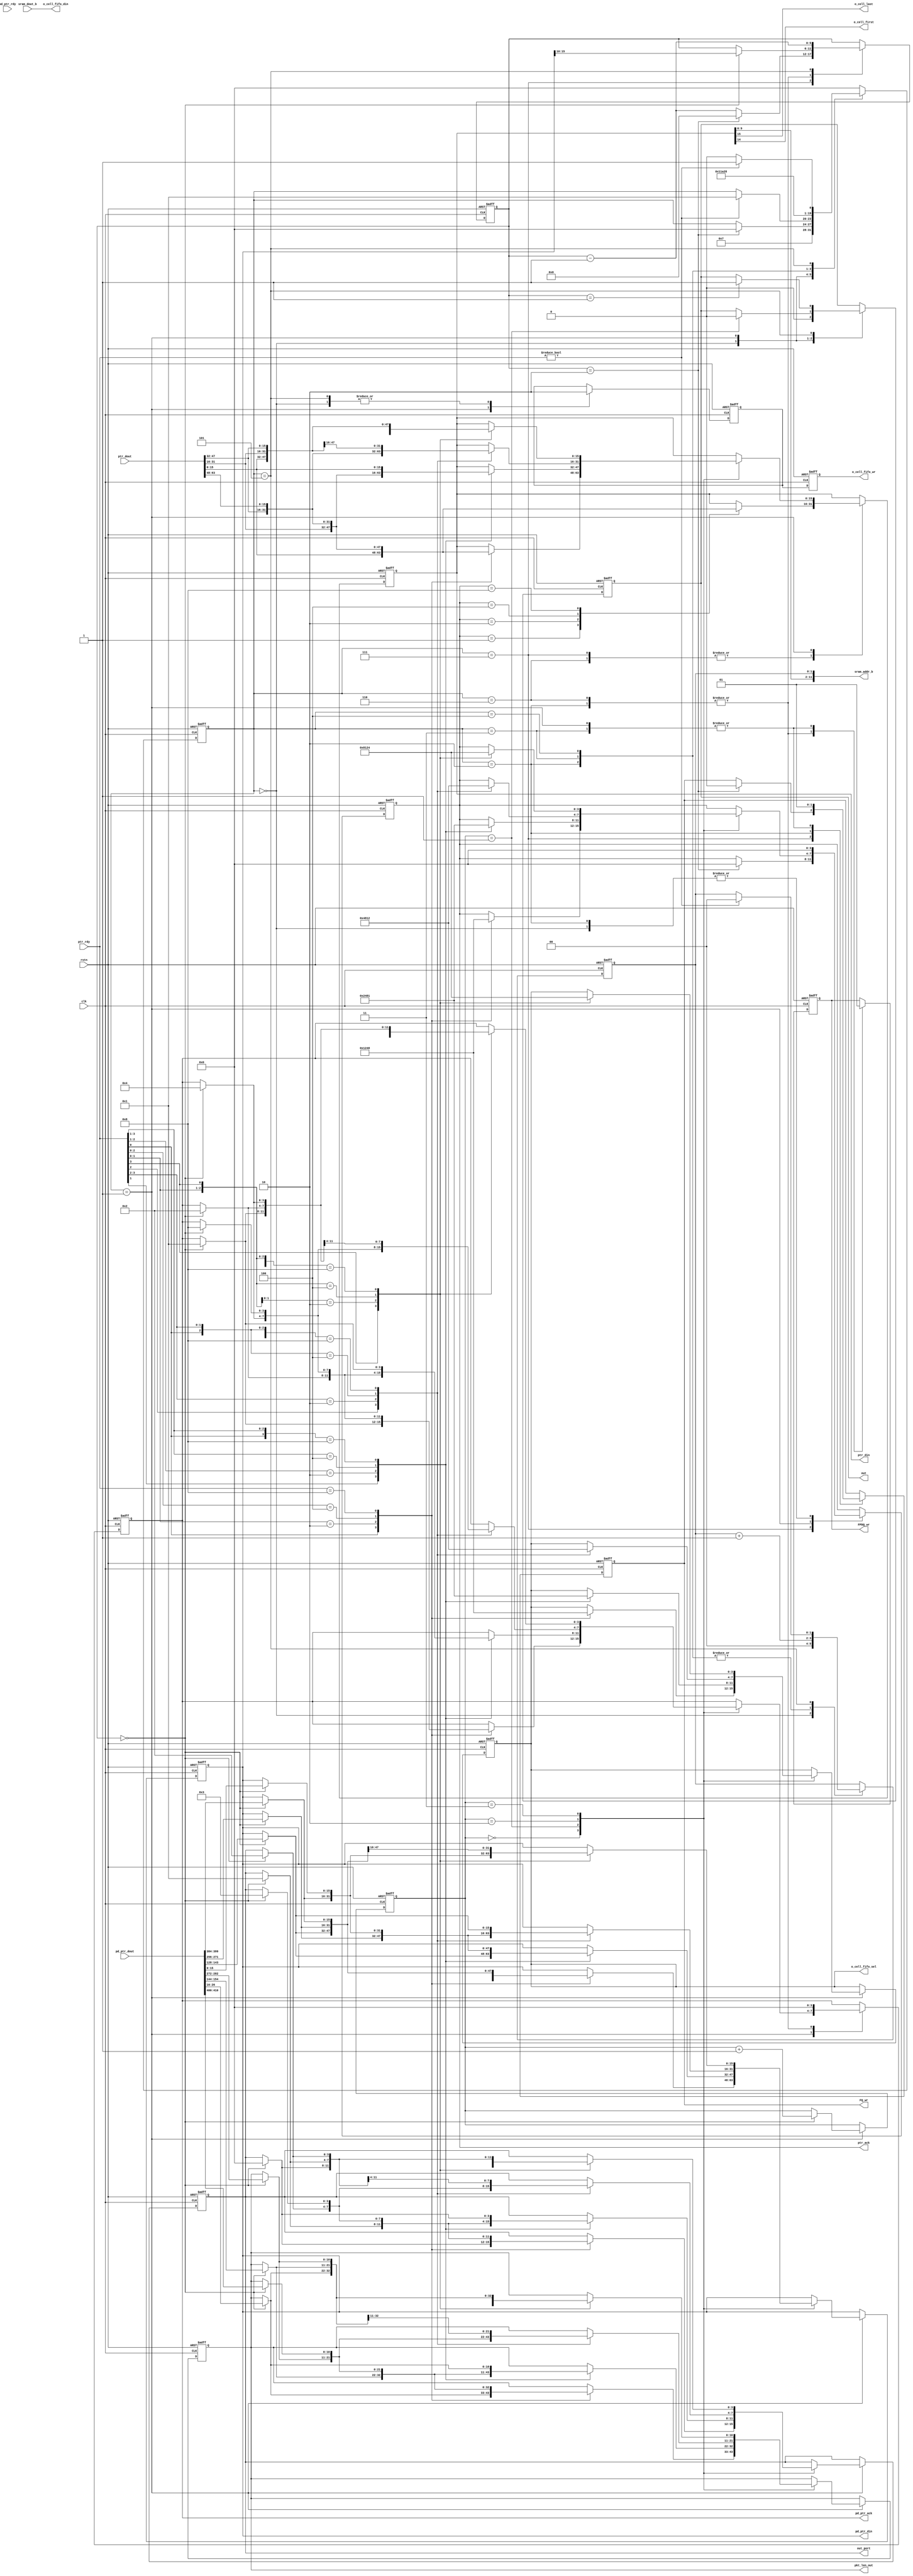
`timescale 1ns / 1ps
//////////////////////////////////////////////////////////////////////////////////
// Company: 
// Engineer: 
// 
// Design Name: 
// Module Name: cell_read
// Project Name: 
// Target Devices: 
// Tool Versions: 
// Description: 
// 
// Dependencies: 
// 
// Revision:
// Revision 0.01 - File Created
// Additional Comments:
// 
//////////////////////////////////////////////////////////////////////////////////


module cell_read(
    input clk,
    input rstn,
    input [3:0] ptr_rdy,
    output reg[3:0] ptr_ack,
    input [63:0]ptr_dout,
    output reg FQ_wr,
    output [15:0] ptr_din,
    
    input [3:0] pd_ptr_rdy,
    output reg[3:0] pd_ptr_ack,
    input [511:0]pd_ptr_dout,
    output reg FPDQ_wr,
    output [15:0] pd_ptr_din,
    
    output [11:0] sram_addr_b,
    input [127:0] sram_dout_b,
    
    
    output o_cell_last,
    output o_cell_first,
    
    output  [127:0] o_cell_fifo_din,
    output reg o_cell_fifo_wr,
    output reg [3:0] o_cell_fifo_sel,
    
    output reg out,
    output reg[3:0] out_port,
    output reg[10:0] pkt_len_out
    );
reg  [3:0]		rd_state;
wire [15:0]		qc_rd_ptr_dout0,qc_rd_ptr_dout1,
                qc_rd_ptr_dout2,qc_rd_ptr_dout3;
                
wire [127:0]     pd_qc_rd_ptr_dout0, pd_qc_rd_ptr_dout1,
                pd_qc_rd_ptr_dout2, pd_qc_rd_ptr_dout3;

reg  [1:0]		RR;
wire [3:0]		ptr_rd_req_pre;

reg  [15:0]		FQ_din;	
reg [15:0]      FPDQ_din;

reg	 [1:0]		sram_cnt_b;
assign	ptr_rd_req_pre=ptr_rdy;
assign	{ptr_ack3,ptr_ack2,ptr_ack1,ptr_ack0}=ptr_ack;
assign	sram_addr_b={FQ_din[9:0],sram_cnt_b[1:0]};
assign	o_cell_last=FQ_din[15];
assign	o_cell_first=FQ_din[14];
assign	o_cell_fifo_din[127:0]= sram_dout_b[127:0];
assign ptr_din = FQ_din;
assign pd_ptr_din = FPDQ_din;

wire [5:0] cell_num;
assign cell_num = FPDQ_din[15:10];
assign {pd_ptr_ack3, pd_ptr_ack2, pd_ptr_ack1, pd_ptr_ack0} = pd_ptr_ack;
assign pd_ptr_rd_req_pre = pd_ptr_rdy;



assign {qc_rd_ptr_dout3, qc_rd_ptr_dout2, qc_rd_ptr_dout1, qc_rd_ptr_dout0} = ptr_dout;
assign {pd_qc_rd_ptr_dout3, pd_qc_rd_ptr_dout2, pd_qc_rd_ptr_dout1, pd_qc_rd_ptr_dout0} = pd_ptr_dout;



reg [5:0]   cell_num_reg;

reg sram_rd;
reg sram_rd_dv;

reg head_drop;
reg [3:0] head_drop_counter;
always@(posedge clk or negedge rstn)
	if(!rstn)begin
		rd_state<=#2  0;
		FQ_wr<=#2  0;
		FQ_din<=#2  0;
		FPDQ_wr<=#2 0;
		FPDQ_din<=#2 0;
		RR<=#2  0;
		ptr_ack<=#2  0;
		pd_ptr_ack<=#2 0;
		
		sram_rd<=#2  0;
		sram_rd_dv<=#2  0;
		sram_cnt_b<=#2  0;
		o_cell_fifo_wr<=#2  0;
		o_cell_fifo_sel<=#2  0;

        cell_num_reg <= 0;
        
        out<=#2 0;
        out_port<=#2 0;
        pkt_len_out<=#2 0;
		end
	else begin
		o_cell_fifo_wr<=#2 sram_rd;
		case(rd_state)
        6:begin
            pd_ptr_ack<=#2 0;

            FPDQ_wr<=#2 0;
            if(cell_num_reg == 0) begin
                cell_num_reg <=#2 cell_num;
            end
            rd_state<=#2 7;
            case(ptr_ack)
            4'b0001: FQ_din<=#2 qc_rd_ptr_dout0[15:0];
            4'b0010: FQ_din<=#2 qc_rd_ptr_dout1[15:0];
            4'b0100: FQ_din<=#2 qc_rd_ptr_dout2[15:0];
            4'b1000: FQ_din<=#2 qc_rd_ptr_dout3[15:0];
            endcase
        end	
        7:begin
            if(cell_num_reg == 2) begin
                rd_state<=#2 0;
                ptr_ack<=#2 0;
                cell_num_reg<=#2 0;
                FQ_wr<=#2 0;
            end
            else cell_num_reg <=#2 cell_num_reg - 1;
            
            case(ptr_ack)
            4'b0001: FQ_din<=#2 qc_rd_ptr_dout0[15:0];
            4'b0010: FQ_din<=#2 qc_rd_ptr_dout1[15:0];
            4'b0100: FQ_din<=#2 qc_rd_ptr_dout2[15:0];
            4'b1000: FQ_din<=#2 qc_rd_ptr_dout3[15:0];
            endcase 
        end
		0:begin
		    ptr_ack<=#2 0;
		    out<=#2 0;
			sram_rd<=#2  0;
			sram_cnt_b<=#2  0;
			if(ptr_rd_req_pre)	rd_state<=#2  1;	
			end
		1:begin
			rd_state<=#2  2;
			sram_rd<=#2  1;
            // In pkts
            if(cell_num_reg == 0) RR<=#2 RR+2'b01;
			case(RR)	
			0:begin							
				casex(ptr_rd_req_pre[3:0])  
				4'bxxx1:begin 
                    FQ_din<=#2  qc_rd_ptr_dout0; o_cell_fifo_sel<=#2  4'b0001; ptr_ack<=#2  4'b0001; 
                    if(cell_num_reg == 0) begin
                        FPDQ_din<=#2 pd_qc_rd_ptr_dout0[15:0]; pd_ptr_ack<=#2 4'b0001;
                        pkt_len_out<=#2 pd_qc_rd_ptr_dout0[26:16]; 
                        out_port <= #2 0;	
                    end
				end
				4'bxx10:begin 
                    FQ_din<=#2  qc_rd_ptr_dout1; o_cell_fifo_sel<=#2  4'b0010; ptr_ack<=#2  4'b0010; 
                    if(cell_num_reg == 0) begin
                        FPDQ_din<=#2 pd_qc_rd_ptr_dout1[15:0]; pd_ptr_ack<=#2 4'b0010;
                        pkt_len_out<=#2 pd_qc_rd_ptr_dout1[26:16]; 		
                        out_port <= #2 1;	

                    end
                end
				4'bx100:begin 
                    FQ_din<=#2  qc_rd_ptr_dout2; o_cell_fifo_sel<=#2  4'b0100; ptr_ack<=#2  4'b0100; 
                    if(cell_num_reg == 0) begin
                        FPDQ_din<=#2 pd_qc_rd_ptr_dout2[15:0]; pd_ptr_ack<=#2 4'b0100; 
                        pkt_len_out<=#2 pd_qc_rd_ptr_dout2[26:16];	
                        out_port <= #2 2;	
	
                    end
                end
				4'b1000:begin 
                    FQ_din<=#2  qc_rd_ptr_dout3; o_cell_fifo_sel<=#2  4'b1000; ptr_ack<=#2  4'b1000; 
                    if(cell_num_reg == 0) begin
                        FPDQ_din<=#2 pd_qc_rd_ptr_dout3[15:0]; pd_ptr_ack<=#2 4'b1000; 	
                        pkt_len_out<=#2 pd_qc_rd_ptr_dout3[26:16];		
                        out_port <= #2 3;	

                    end
                end
				endcase
			end
			1:begin
			    out<=#2 0;
				casex({ptr_rd_req_pre[0],ptr_rd_req_pre[3:1]})
				4'bxxx1:begin 
                    FQ_din<=#2  qc_rd_ptr_dout1; o_cell_fifo_sel<=#2  4'b0010; ptr_ack<=#2  4'b0010; 
                    if(cell_num_reg == 0) begin
                        FPDQ_din<=#2 pd_qc_rd_ptr_dout1[15:0]; pd_ptr_ack<=#2 4'b0010; 	
                        pkt_len_out<=#2 pd_qc_rd_ptr_dout1[26:16];		
                        out_port <= #2 1;	
                    end
                end
				4'bxx10:begin 
                    FQ_din<=#2  qc_rd_ptr_dout2; o_cell_fifo_sel<=#2  4'b0100; ptr_ack<=#2  4'b0100; 
                    if(cell_num_reg == 0) begin
                        FPDQ_din<=#2 pd_qc_rd_ptr_dout2[15:0]; pd_ptr_ack<=#2 4'b0100; 
                        pkt_len_out<=#2 pd_qc_rd_ptr_dout2[26:16];		
                        out_port <= #2 2;		

                    end
                end
				4'bx100:begin 
                    FQ_din<=#2  qc_rd_ptr_dout3; o_cell_fifo_sel<=#2  4'b1000; ptr_ack<=#2  4'b1000; 
                    if(cell_num_reg == 0) begin
                        FPDQ_din<=#2 pd_qc_rd_ptr_dout3[15:0]; pd_ptr_ack<=#2 4'b1000; 		
                        pkt_len_out<=#2 pd_qc_rd_ptr_dout3[26:16];		
                        out_port <= #2 3;

                    end
                end
				4'b1000:begin 
                    FQ_din<=#2  qc_rd_ptr_dout0; o_cell_fifo_sel<=#2  4'b0001; ptr_ack<=#2  4'b0001; 
                    if(cell_num_reg == 0) begin
                        FPDQ_din<=#2 pd_qc_rd_ptr_dout0[15:0]; pd_ptr_ack<=#2 4'b0001;
                        pkt_len_out<=#2 pd_qc_rd_ptr_dout0[26:16]; 				
                        out_port <= #2 0;

                    end
                end
				endcase
			end
			2:begin
				casex({ptr_rd_req_pre[1:0],ptr_rd_req_pre[3:2]})
				4'bxxx1:begin 
                    FQ_din<=#2  qc_rd_ptr_dout2; o_cell_fifo_sel<=#2  4'b0100; ptr_ack<=#2  4'b0100; 
                    if(cell_num_reg == 0) begin
                        FPDQ_din<=#2 pd_qc_rd_ptr_dout2[15:0]; pd_ptr_ack<=#2 4'b0100; 		
                        pkt_len_out<=#2 pd_qc_rd_ptr_dout2[26:16];		
                        out_port <= #2 2;
                    end
                end
				4'bxx10:begin 
                    FQ_din<=#2  qc_rd_ptr_dout3; o_cell_fifo_sel<=#2  4'b1000; ptr_ack<=#2  4'b1000; 
                    if(cell_num_reg == 0) begin
                        FPDQ_din<=#2 pd_qc_rd_ptr_dout3[15:0]; pd_ptr_ack<=#2 4'b1000; 		
                        pkt_len_out<=#2 pd_qc_rd_ptr_dout3[26:16];		
                        out_port <= #2 3;

                    end
                end
				4'bx100:begin 
                    FQ_din<=#2  qc_rd_ptr_dout0; o_cell_fifo_sel<=#2  4'b0001; ptr_ack<=#2  4'b0001; 
                    if(cell_num_reg == 0) begin
                        FPDQ_din<=#2 pd_qc_rd_ptr_dout0[15:0]; pd_ptr_ack<=#2 4'b0001; 		
                        pkt_len_out<=#2 pd_qc_rd_ptr_dout0[26:16];		
                        out_port <= #2 0;

                    end
                end
				4'b1000:begin 
                    FQ_din<=#2  qc_rd_ptr_dout1; o_cell_fifo_sel<=#2  4'b0010; ptr_ack<=#2  4'b0010; 
                    if(cell_num_reg == 0) begin
                        FPDQ_din<=#2 pd_qc_rd_ptr_dout1[15:0]; pd_ptr_ack<=#2 4'b0010; 	
                        pkt_len_out<=#2 pd_qc_rd_ptr_dout1[26:16];			
                        out_port <= #2 1;

                    end
                end
				endcase
			end
			3:begin
				casex({ptr_rd_req_pre[2:0],ptr_rd_req_pre[3]})
				4'bxxx1:begin 
                    FQ_din<=#2  qc_rd_ptr_dout3; o_cell_fifo_sel<=#2  4'b1000; ptr_ack<=#2  4'b1000; 
                    if(cell_num_reg == 0) begin
                        FPDQ_din<=#2 pd_qc_rd_ptr_dout3[15:0]; pd_ptr_ack<=#2 4'b1000; 				
                        pkt_len_out<=#2 pd_qc_rd_ptr_dout3[26:16];	
                        out_port <= #2 3;

                    end
                end
				4'bxx10:begin 
                    FQ_din<=#2  qc_rd_ptr_dout0; o_cell_fifo_sel<=#2  4'b0001; ptr_ack<=#2  4'b0001; 
                    if(cell_num_reg == 0) begin
                        FPDQ_din<=#2 pd_qc_rd_ptr_dout0[15:0]; pd_ptr_ack<=#2 4'b0001; 			
                        pkt_len_out<=#2 pd_qc_rd_ptr_dout0[26:16];		
                        out_port <= #2 0;

                    end
                end
				4'bx100:begin 
                    FQ_din<=#2  qc_rd_ptr_dout1; o_cell_fifo_sel<=#2  4'b0010; ptr_ack<=#2  4'b0010; 
                    if(cell_num_reg == 0) begin
                        FPDQ_din<=#2 pd_qc_rd_ptr_dout1[15:0]; pd_ptr_ack<=#2 4'b0010; 				
                        pkt_len_out<=#2 pd_qc_rd_ptr_dout1[26:16];	
                        out_port <= #2 1;
                    end
                end
				4'b1000:begin 
                    FQ_din<=#2  qc_rd_ptr_dout2; o_cell_fifo_sel<=#2  4'b0100; ptr_ack<=#2  4'b0100; 
                    if(cell_num_reg == 0) begin
                        FPDQ_din<=#2 pd_qc_rd_ptr_dout2[15:0]; pd_ptr_ack<=#2 4'b0100; 				
                        pkt_len_out<=#2 pd_qc_rd_ptr_dout2[26:16];	
                        out_port <= #2 2;

                    end
                end
				endcase
				end
			endcase
			FQ_wr<=#2 1;
			FPDQ_wr<=#2 1;
			end
		2:begin
		    FQ_wr<=#2 0;
			FPDQ_wr<=#2 0;
			ptr_ack<=#2  0;
            if(cell_num_reg == 0) cell_num_reg<=#2 cell_num;
            pd_ptr_ack<=#2 0;
			sram_cnt_b<=#2  sram_cnt_b+1;
			rd_state<=#2  3;
		  end
		3:begin
			sram_cnt_b<=#2  sram_cnt_b+1;
            FQ_wr<=#2  1;
            FPDQ_wr<=#2 1;
			rd_state<=#2  4;
		  end
		4:begin
			sram_cnt_b<=#2  sram_cnt_b+1;
			rd_state<=#2  5;
		  end
		5:begin
			sram_rd<=#2  0;
            cell_num_reg<= #2 cell_num_reg - 1;
			
			if(cell_num_reg == 1) begin
			     out<=#2 1;
			end
			if(ptr_rd_req_pre)	begin 
			    rd_state<=#2  1;
			    sram_cnt_b<=#2  0;		    
			    sram_rd<=#2  0;
			end
			else rd_state<=#2  0;
		  end
		default:rd_state<=#2  0;
		endcase
		end
    
endmodule